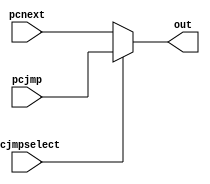
module pcmux( pcjmpselect,pcnext,pcjmp,out);
input [7:0] pcnext,pcjmp;
output [7:0] out;
input pcjmpselect;
assign out= pcjmpselect ? pcjmp: pcnext;
endmodule